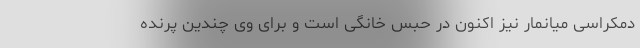
دمکراسی میانمار نیز اکنون در حبس خانگی است و برای وی چندین پرنده